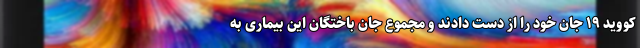
کووید ۱۹ جان خود را از دست دادند و مجموع جان باختگان این بیماری به